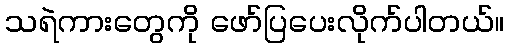
သရဲကားတွေကို ဖော်ပြပေးလိုက်ပါတယ်။